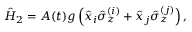
\hat { H } _ { 2 } = A ( t ) g \left( \hat { x } _ { i } \hat { \sigma } _ { z } ^ { ( i ) } + \hat { x } _ { j } \hat { \sigma } _ { z } ^ { ( j ) } \right) ,